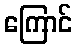
ကြောင်